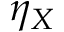
\eta _ { X }